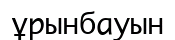
ұрынбауын